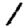
Digit: 1